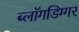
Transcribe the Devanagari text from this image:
ब्लॉगडिग्गर